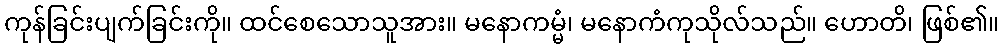
ကုန်ခြင်းပျက်ခြင်းကို။ ထင်စေသောသူအား။ မနောကမ္မံ၊ မနောကံကုသိုလ်သည်။ ဟောတိ၊ ဖြစ်၏။